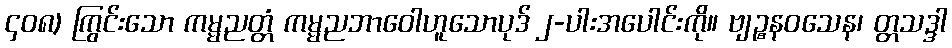
၄၀၈) ကြွင်းသော ကမ္မညတ္တံ ကမ္မညဘာဝေါဟူသောပုဒ် ၂-ပါးအပေါင်းကို။ ဗျဉ္စနဝသေန၊ တ္တသဒ္ဒါ